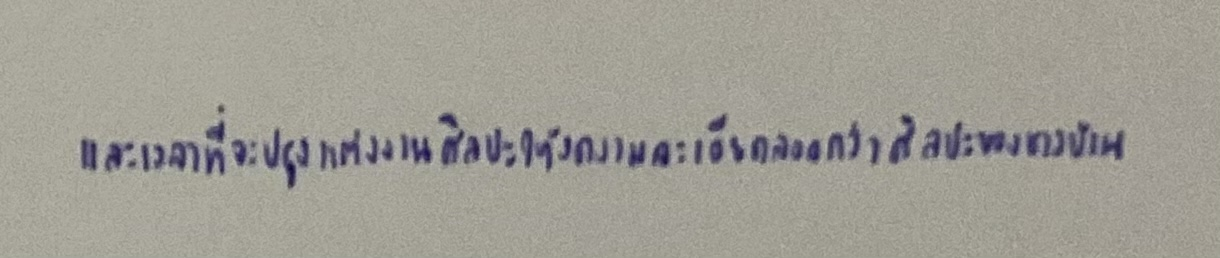
และเวลาที่จะปรุงแต่งงานศิลปะให้งดงามละเอียดลออกว่าศิลปะของชาวบ้าน